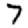
Digit: 7